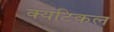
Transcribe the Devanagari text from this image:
क्यटिकल